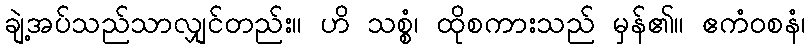
ချဲ့အပ်သည်သာလျှင်တည်း။ ဟိ သစ္စံ၊ ထိုစကားသည် မှန်၏။ ဧကံဝစနံ၊